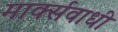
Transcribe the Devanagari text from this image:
मार्क्सवाधी